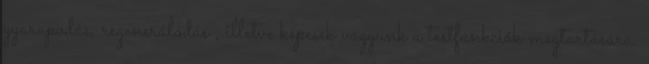
gyarapodás, regenerálódás , illetve képesek vagyunk a testfunkciók megtartására.